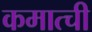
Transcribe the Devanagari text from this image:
कमात्ची